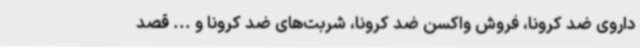
داروی ضد کرونا، فروش واکسن ضد کرونا، شربت‌های ضد کرونا و ... قصد